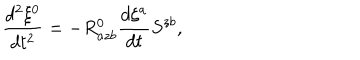
LaTeX: \frac { d ^ { 2 } \xi ^ { 0 } } { d t ^ { 2 } } = - R _ { a z b } ^ { 0 } \frac { d \xi ^ { a } } { d t } S ^ { z b } ,